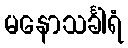
မနောသင်္ခါရံ